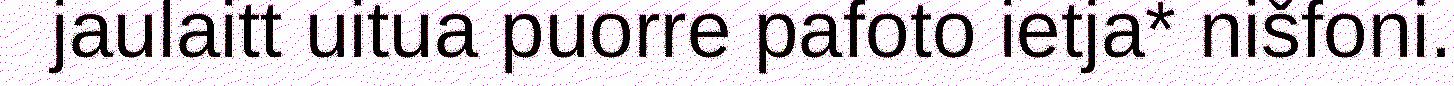
jaulaitt uitua puorre pafoto ietja* nišfoni.